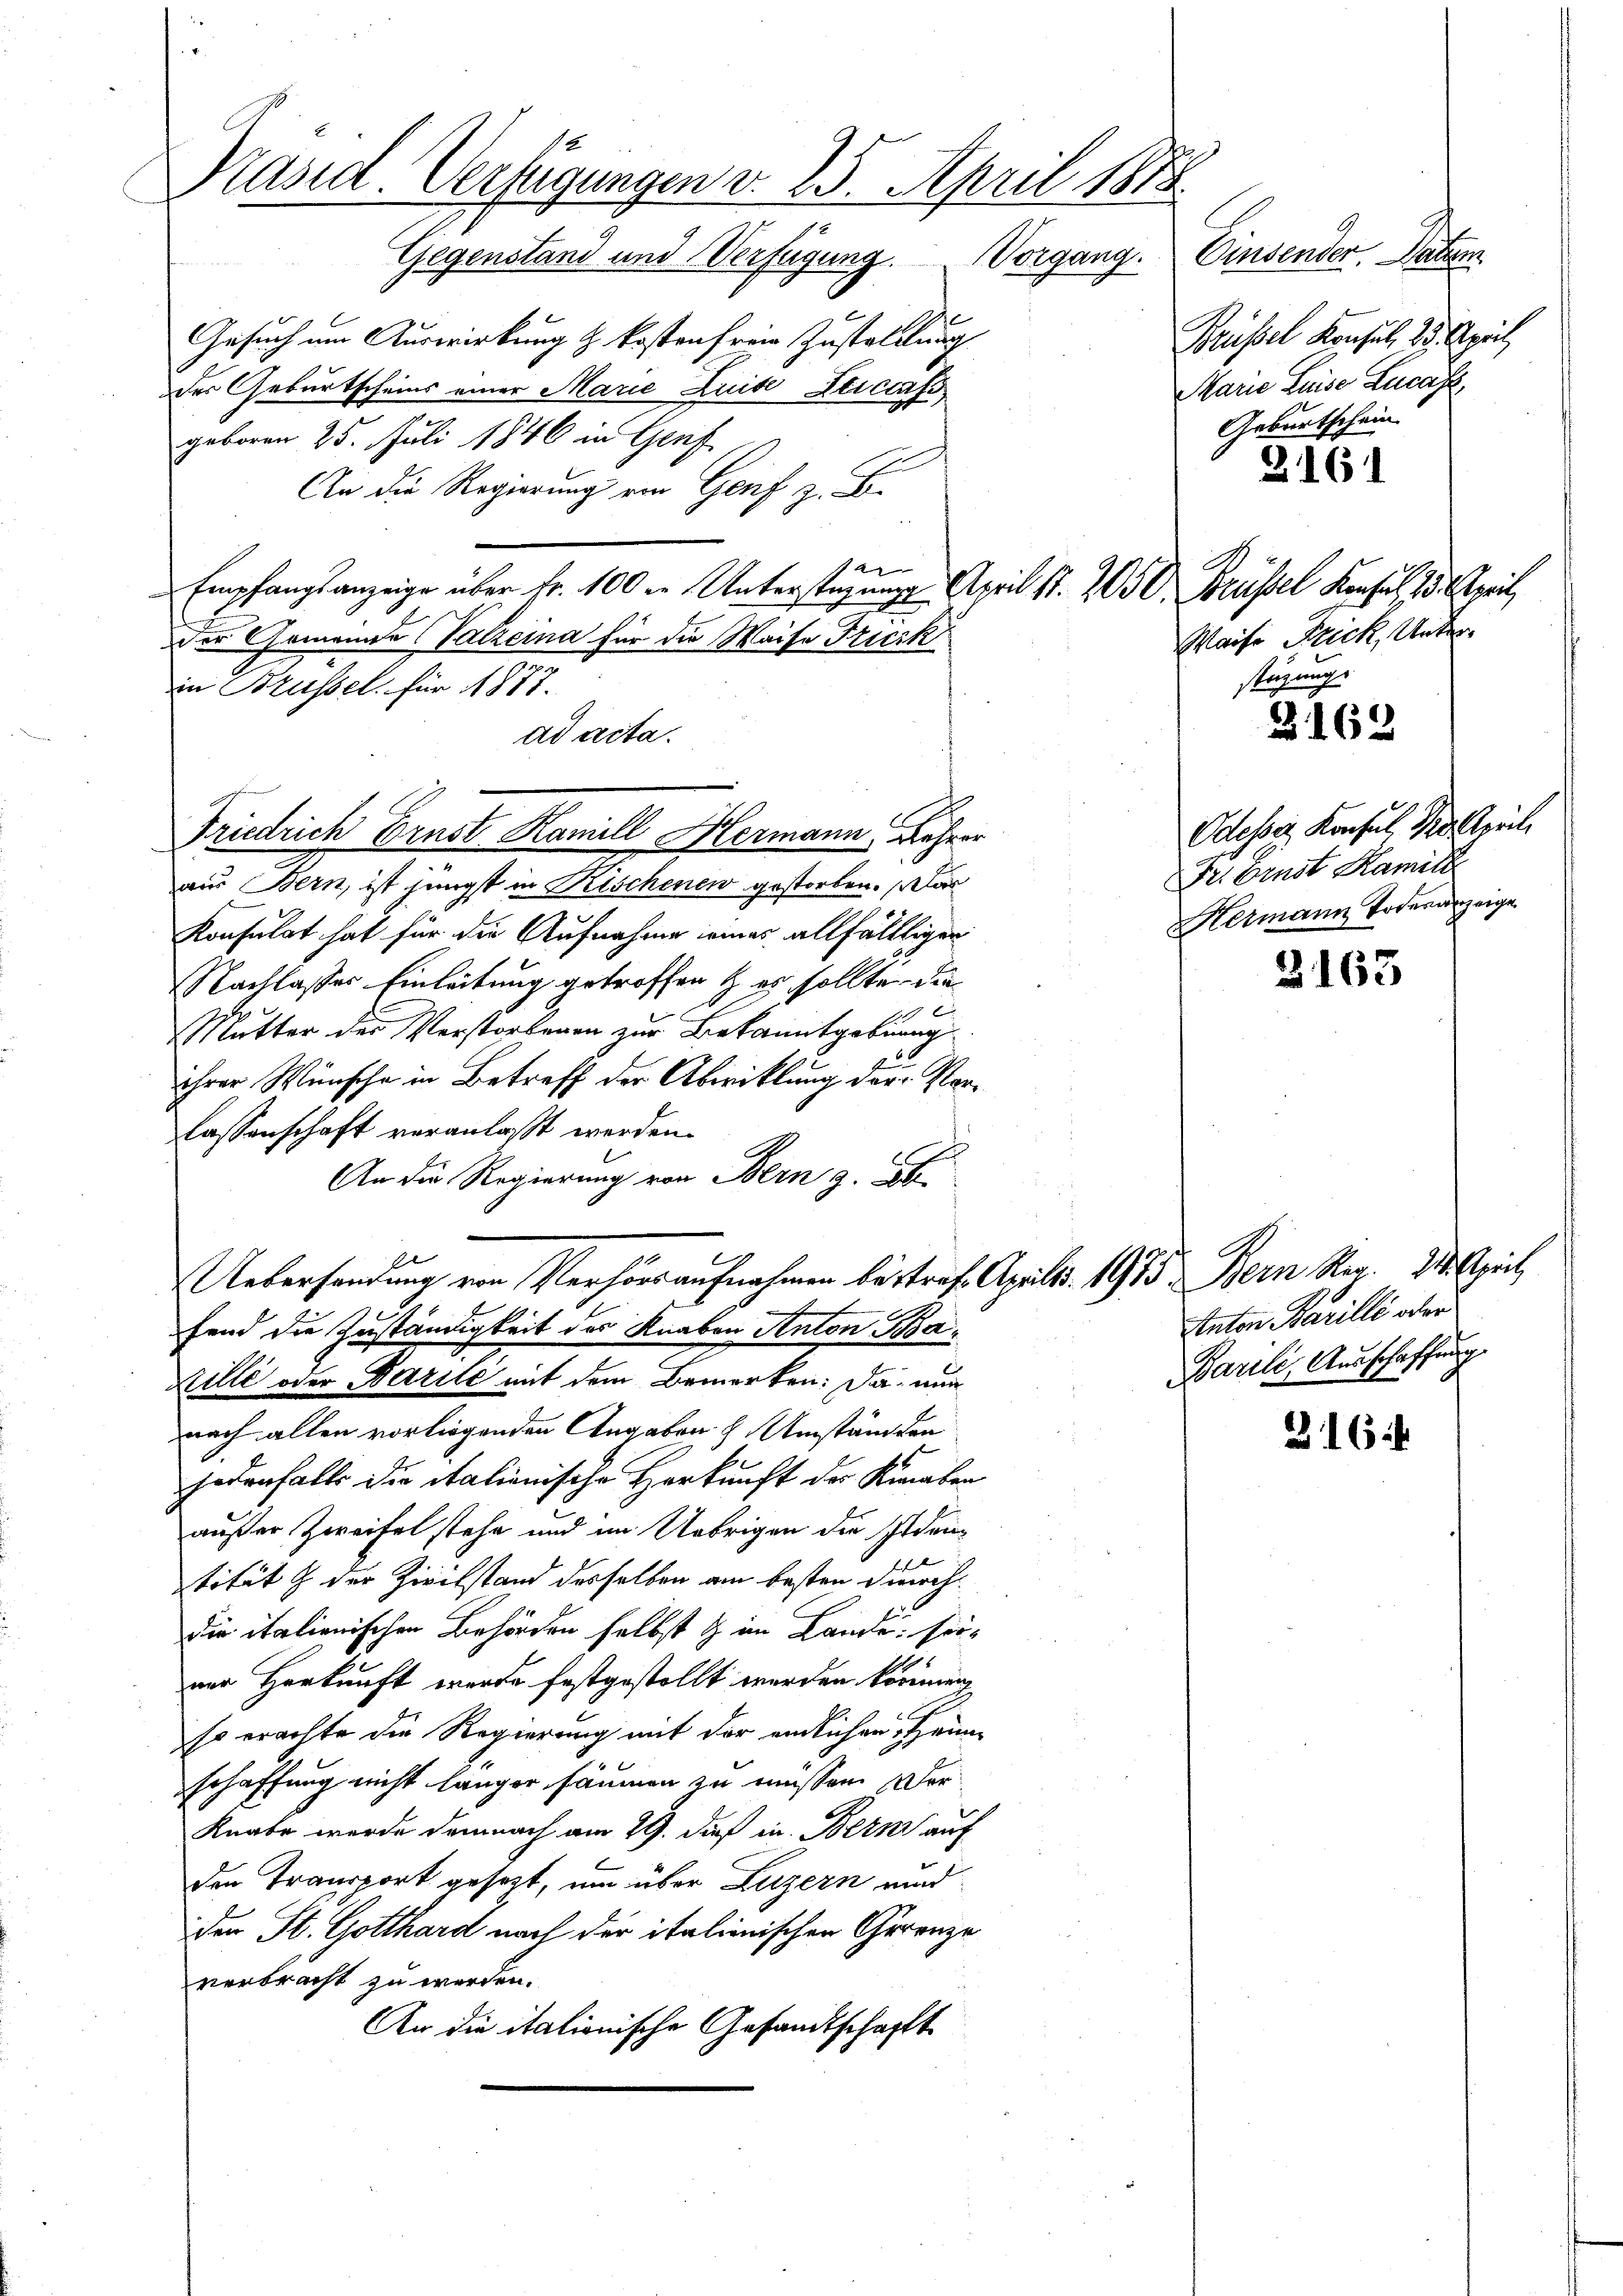
Präsid. Verfügungen v. 25. April 1888.
Gegenstand und Verfügung. Vorgang. Einsender, Datum

Gesuch um Auswirkung z. Kostenfreie Zustellung
der Geburtscheins einer Marie Luise Aticiss
geboren 25. Juli 1846 in Genf
An die Regierung ein Genf z. B.
2
Empfangsanzeige über Fr. 100 in Unterstagung April 17. 205 V. Brüssel Konsul 15. April,
.
der Gemeinde Valzeina für die Waise Tricik
in Brüssel, für 1877.
ad acta.
aus Bern, ist jüngst in Kischenen gestorben. Das
Konsulat hat für die Aufnahme eines allfälltigen
Nachlasses Einleitung getroffen & es sollte, die
Mutter der Verstorbenen zur Bekanntgebung
ihrer Wünsche in Betreff der Abwicklung der Vorlassenschaft veranlaßt werden.
An die Regierung von Bern z. B
Uebersendung von Verhörs aufnahmen bestraf. April 1915 Bern Reg. I. Seit
fend die Zuständigkeit des Knaben Anton Ba¬
Kille oder Parite mit dem Bemerken: Da nun
nach allen vorliegenden Angaben Umständen
jedenfalls die italienische Herkunft des Knaben
außer Zweifel stehe und im Uebrigen die Schadentität & der Zivilstand desselben am besten durchdie italienischen Behörden selbst & im Lande sornur Herkunft werde festgestellt werden können
so erachte die Regierung mit der endlichen Heim
schaffung nicht länger säumen zu müssen. Der
Knabe wurde demnach am 29. dieß in Bern auf
den Transport gesezt, um über Luzern und
den St. Gotthard nach der italienischen Gerenze
verbracht zu werden.
An die italionische Gesandtschafft

Friedrich Ernst Hamill Hermann, Lehrer

Brüssel Konsul, 25. April
Marie Luise Lucas
Geburtschein

3161

Waise Frick, Unter
stüzung.

B 162

Odesser Konsul Kellerich
Der Einst Hamill
Hermann Todesanzeige

3163

216

Anton Parille oder
Parile, Ausschaffung